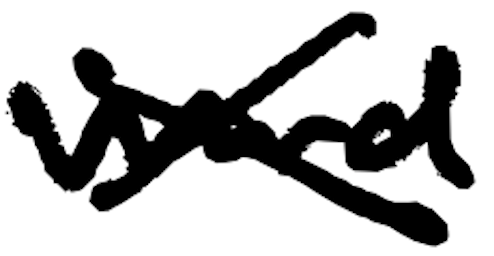
Text: Ward
Cross-out: cross
Writing tool: digital_black